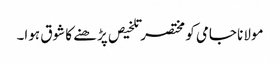
مولانا جامی کو مختصر تلخیص پڑھنے کا شوق ہوا۔